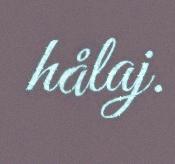
hålaj.